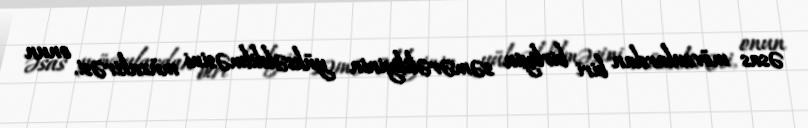
əsas mövzulardan biri birliyin səmərəliliyinin yüksəldilməsini müzakirəsi, onun